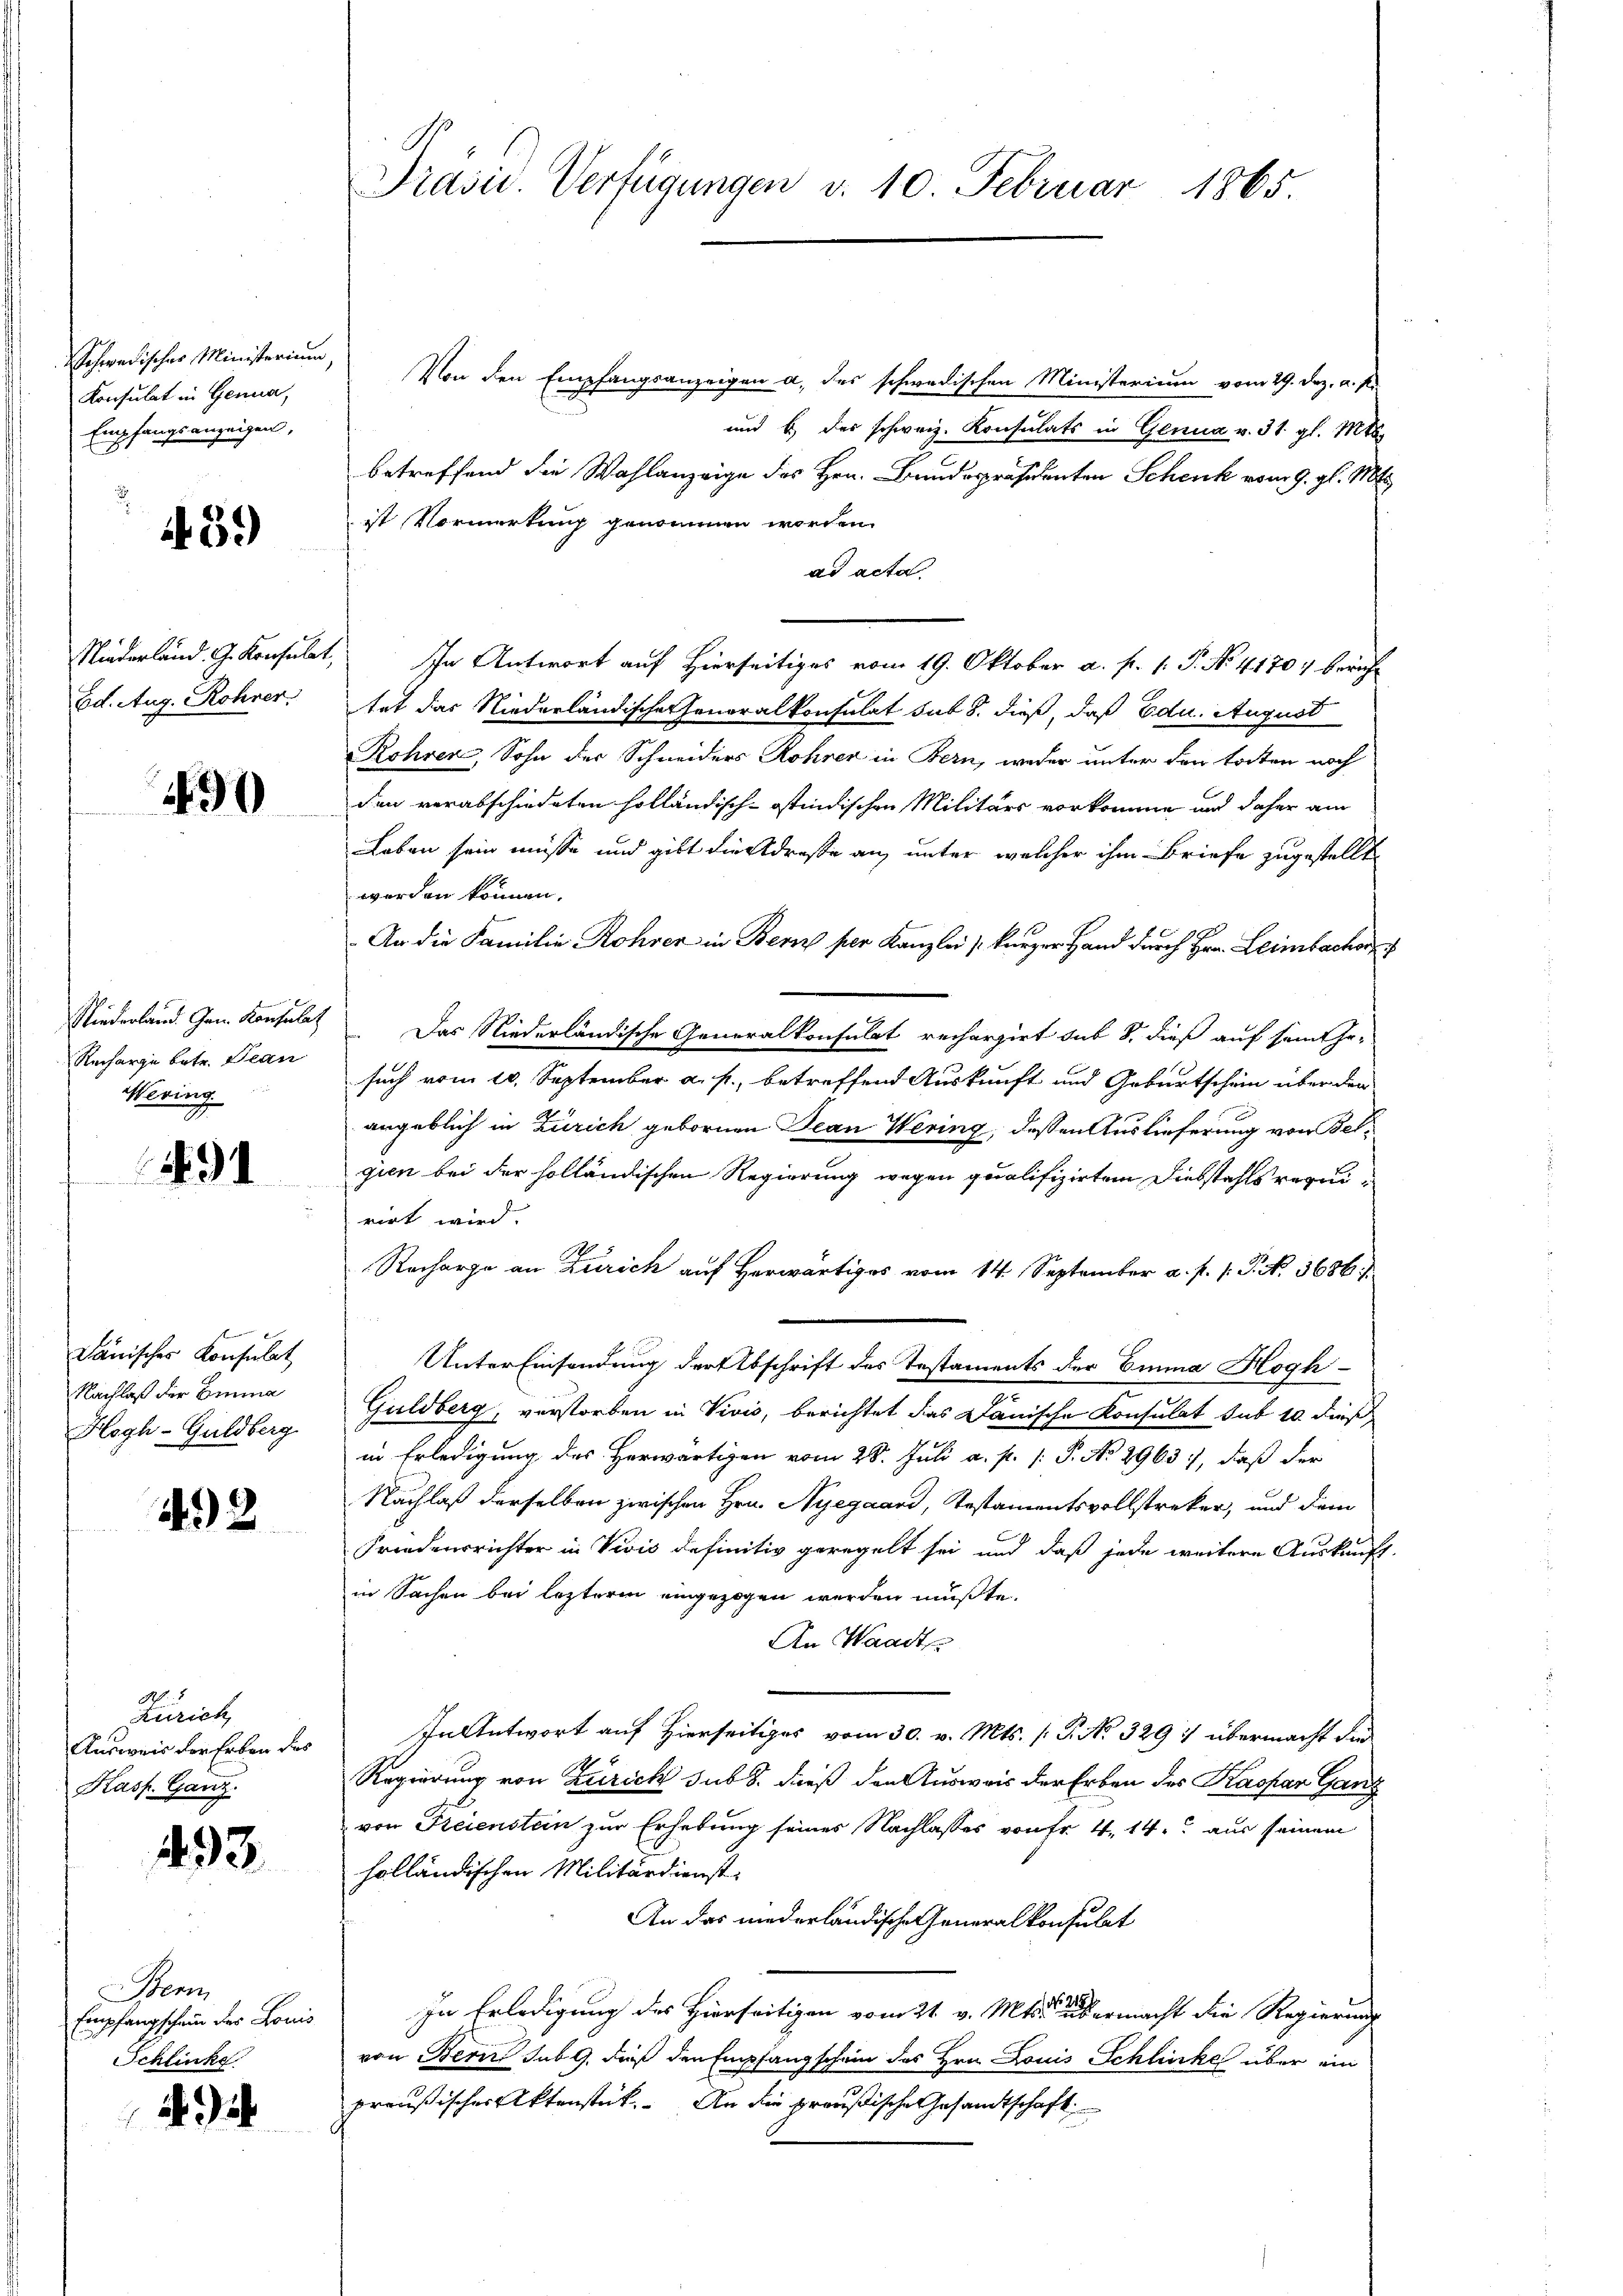
Konsulat in Genua,
Empfangsanzeigen,

4. 39

Ed. Aug. Rohrer.

490

Niederland. Gen. Konsulat
Recharge betr. Bean
Wering

194

dänisches Konsulat
Nachlaß der Emma
Hogh-Guldberg

442

A
Zürich
Ausweis der Erben des
Kasf. Ganz

493.

en
Empfangschein des Louis
Schlinke

Präsid. Verfügungen d. 10. Februar 1865.

Schwedischer Ministerium, Von den Empfangsanzeigen a. des schwedischen Ministerium vom 29. Dez. a. p.
und b.) der schweiz. Konsulats in Genua v. 31. gl. Mts.
betreffend die Wahlanzeige des Hrn. Bandespräsidenten Schenk vom 9. gl. 1184.
ist Vormerkung genommen worden.
ad acta
Niederland. G. Konsulat, In Antwort auf Hierseitiges vom 19. Oktober a. f. 1. P. No. 41707 bericht
tet das Niederländischer Generalkonsulat sub 8. dieß, daß Edu. August
Röhren, Sohn der Schneiders Rohren in Bern, weder unter den todten noch
den verabschiedeten holländisch-östindischen Militärs vorkomme und daher am
Leben sein müsse und gibt dies drasse an, unter welcher ihm Briefe zugestellt
werden können.
An die Familie Rohrer in Benz per Kanzlei (kurzer Hand durch Hrn. Leimbacher
Das Niederländische Generalkonsulat recherzirt sub 8. dieß auf seine Er-
such vom 10. September a. p., betreffend Auskunft und Geburtschein über den
angeblich in Zürich gebornen Jean Wering, dessen Auslieferung von Felgien bei der holländischen Regierung wegen qualifizirten Diebstahls requirirt wird.
Recharge an Zürich auf Herwärtiges vom 14. September a. p. 1. J. N. 3686.
Unter Einsendung der Abschrift des Testaments der Emma Hogh-
Guldberg, verstorben in Vivis, berichtet das Janische Konsulat sub 10 dies
in Erledigung des Herwärtigen vom 28. Juli a. p. 1 P. No 29637, daß der
Nachlaß derselben zwischen Hrn. Nyegaard, Testamentsvollstreker, und dem
Friedensrichter in Vivis definitiv geregelt sei und daß jede weitere Auskunft.
in Sachen bei lezterm eingezogen werden mußte.
An Waadt
In Antwort auf Hierseits vom 30. v. Mts. (T. No 329 :/ übermacht die
6
Regierung von Zürich sub 8. dieß den Ausweis der Erben des Kaspar Ganz
von Seienstein zur Erhebung seines Nachlasses von fr. 4. 14. aus seinem
holländischen Militärdienst.
An das niederländische Generalkonsulat
In Erledigung des Hierseitigen vom 21. v. Mts. steuermacht die Regierung
von Bern sub. 9. dieß den Empfangschein des Hrn. Louis Schlucke über ein
preußischer Aktenstück. An die preußische Gesandtschaft